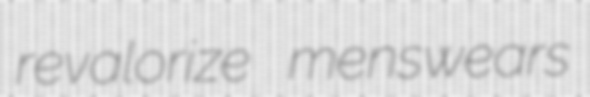
revalorize menswears